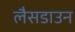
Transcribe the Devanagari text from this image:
लैसडाउन